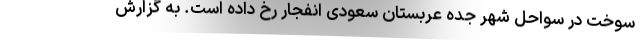
سوخت در سواحل شهر جده عربستان سعودی انفجار رخ داده است. به گزارش